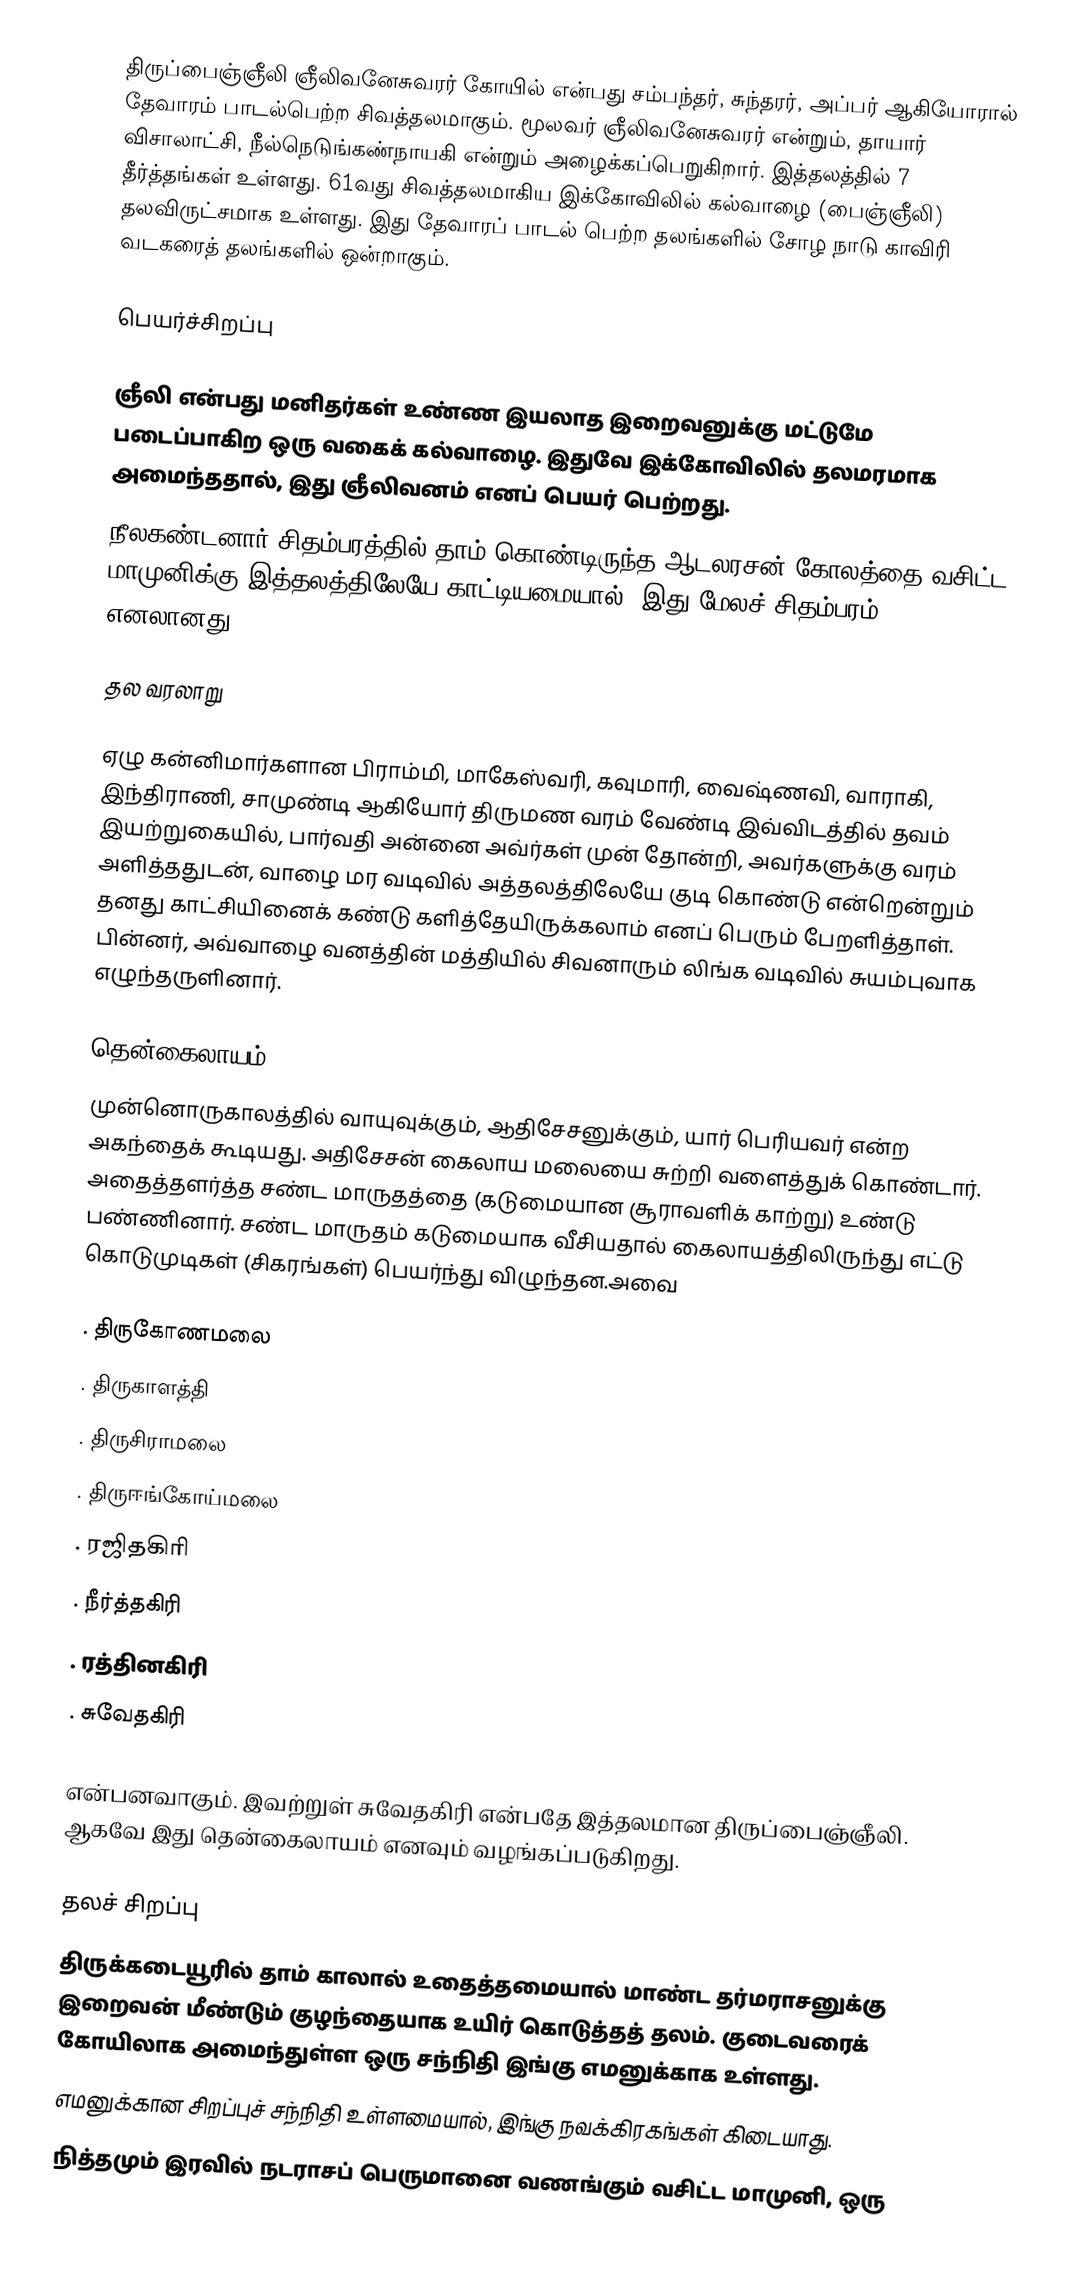
திருப்பைஞ்ஞீலி ஞீலிவனேசுவரர் கோயில் என்பது சம்பந்தர், சுந்தரர், அப்பர் ஆகியோரால் தேவாரம் பாடல்பெற்ற சிவத்தலமாகும். மூலவர் ஞீலிவனேசுவரர் என்றும், தாயார் விசாலாட்சி, நீல்நெடுங்கண்நாயகி என்றும் அழைக்கப்பெறுகிறார். இத்தலத்தில் 7 தீர்த்தங்கள் உள்ளது. 61வது சிவத்தலமாகிய இக்கோவிலில் கல்வாழை (பைஞ்ஞீலி) தலவிருட்சமாக உள்ளது. இது தேவாரப் பாடல் பெற்ற தலங்களில் சோழ நாடு காவிரி வடகரைத் தலங்களில் ஒன்றாகும்.

பெயர்ச்சிறப்பு

 ஞீலி என்பது மனிதர்கள் உண்ண இயலாத இறைவனுக்கு மட்டுமே படைப்பாகிற ஒரு வகைக் கல்வாழை. இதுவே இக்கோவிலில் தலமரமாக அமைந்ததால், இது ஞீலிவனம் எனப் பெயர் பெற்றது.
 நீலகண்டனார் சிதம்பரத்தில் தாம் கொண்டிருந்த ஆடலரசன் கோலத்தை வசிட்ட மாமுனிக்கு இத்தலத்திலேயே காட்டியமையால், இது மேலச் சிதம்பரம் எனலானது.

தல வரலாறு

ஏழு கன்னிமார்களான பிராம்மி, மாகேஸ்வரி, கவுமாரி, வைஷ்ணவி, வாராகி, இந்திராணி, சாமுண்டி ஆகியோர் திருமண வரம் வேண்டி இவ்விடத்தில் தவம் இயற்றுகையில், பார்வதி அன்னை அவ்ர்கள் முன் தோன்றி, அவர்களுக்கு வரம் அளித்ததுடன், வாழை மர வடிவில் அத்தலத்திலேயே குடி கொண்டு என்றென்றும்  தனது காட்சியினைக் கண்டு களித்தேயிருக்கலாம் எனப் பெரும் பேறளித்தாள். பின்னர், அவ்வாழை வனத்தின் மத்தியில் சிவனாரும் லிங்க வடிவில் சுயம்புவாக எழுந்தருளினார்.

தென்கைலாயம்
முன்னொருகாலத்தில் வாயுவுக்கும், ஆதிசேசனுக்கும், யார் பெரியவர் என்ற அகந்தைக் கூடியது. அதிசேசன் கைலாய மலையை சுற்றி  வளைத்துக் கொண்டார். அதைத்தளர்த்த சண்ட மாருதத்தை (கடுமையான சூராவளிக் காற்று) உண்டு பண்ணினார். சண்ட மாருதம் கடுமையாக வீசியதால் கைலாயத்திலிருந்து எட்டு கொடுமுடிகள் (சிகரங்கள்) பெயர்ந்து விழுந்தன.அவை

. திருகோணமலை
. திருகாளத்தி
. திருசிராமலை
. திருஈங்கோய்மலை
. ரஜிதகிரி
. நீர்த்தகிரி
. ரத்தினகிரி
. சுவேதகிரி

என்பனவாகும். இவற்றுள் சுவேதகிரி என்பதே இத்தலமான திருப்பைஞ்ஞீலி. ஆகவே இது தென்கைலாயம் எனவும் வழங்கப்படுகிறது.

தலச் சிறப்பு
 திருக்கடையூரில் தாம் காலால் உதைத்தமையால் மாண்ட தர்மராசனுக்கு இறைவன் மீண்டும் குழந்தையாக உயிர் கொடுத்தத் தலம். குடைவரைக் கோயிலாக அமைந்துள்ள ஒரு சந்நிதி இங்கு எமனுக்காக உள்ளது.
 எமனுக்கான சிறப்புச் சந்நிதி உள்ளமையால், இங்கு நவக்கிரகங்கள் கிடையாது.
 நித்தமும் இரவில் நடராசப் பெருமானை வணங்கும் வசிட்ட மாமுனி, ஒரு